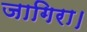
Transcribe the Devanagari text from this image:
जागिरा।